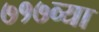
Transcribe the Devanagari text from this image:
७१७व्या